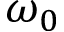
\omega _ { 0 }